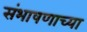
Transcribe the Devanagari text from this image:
संभाषणाच्या